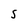
Character: S